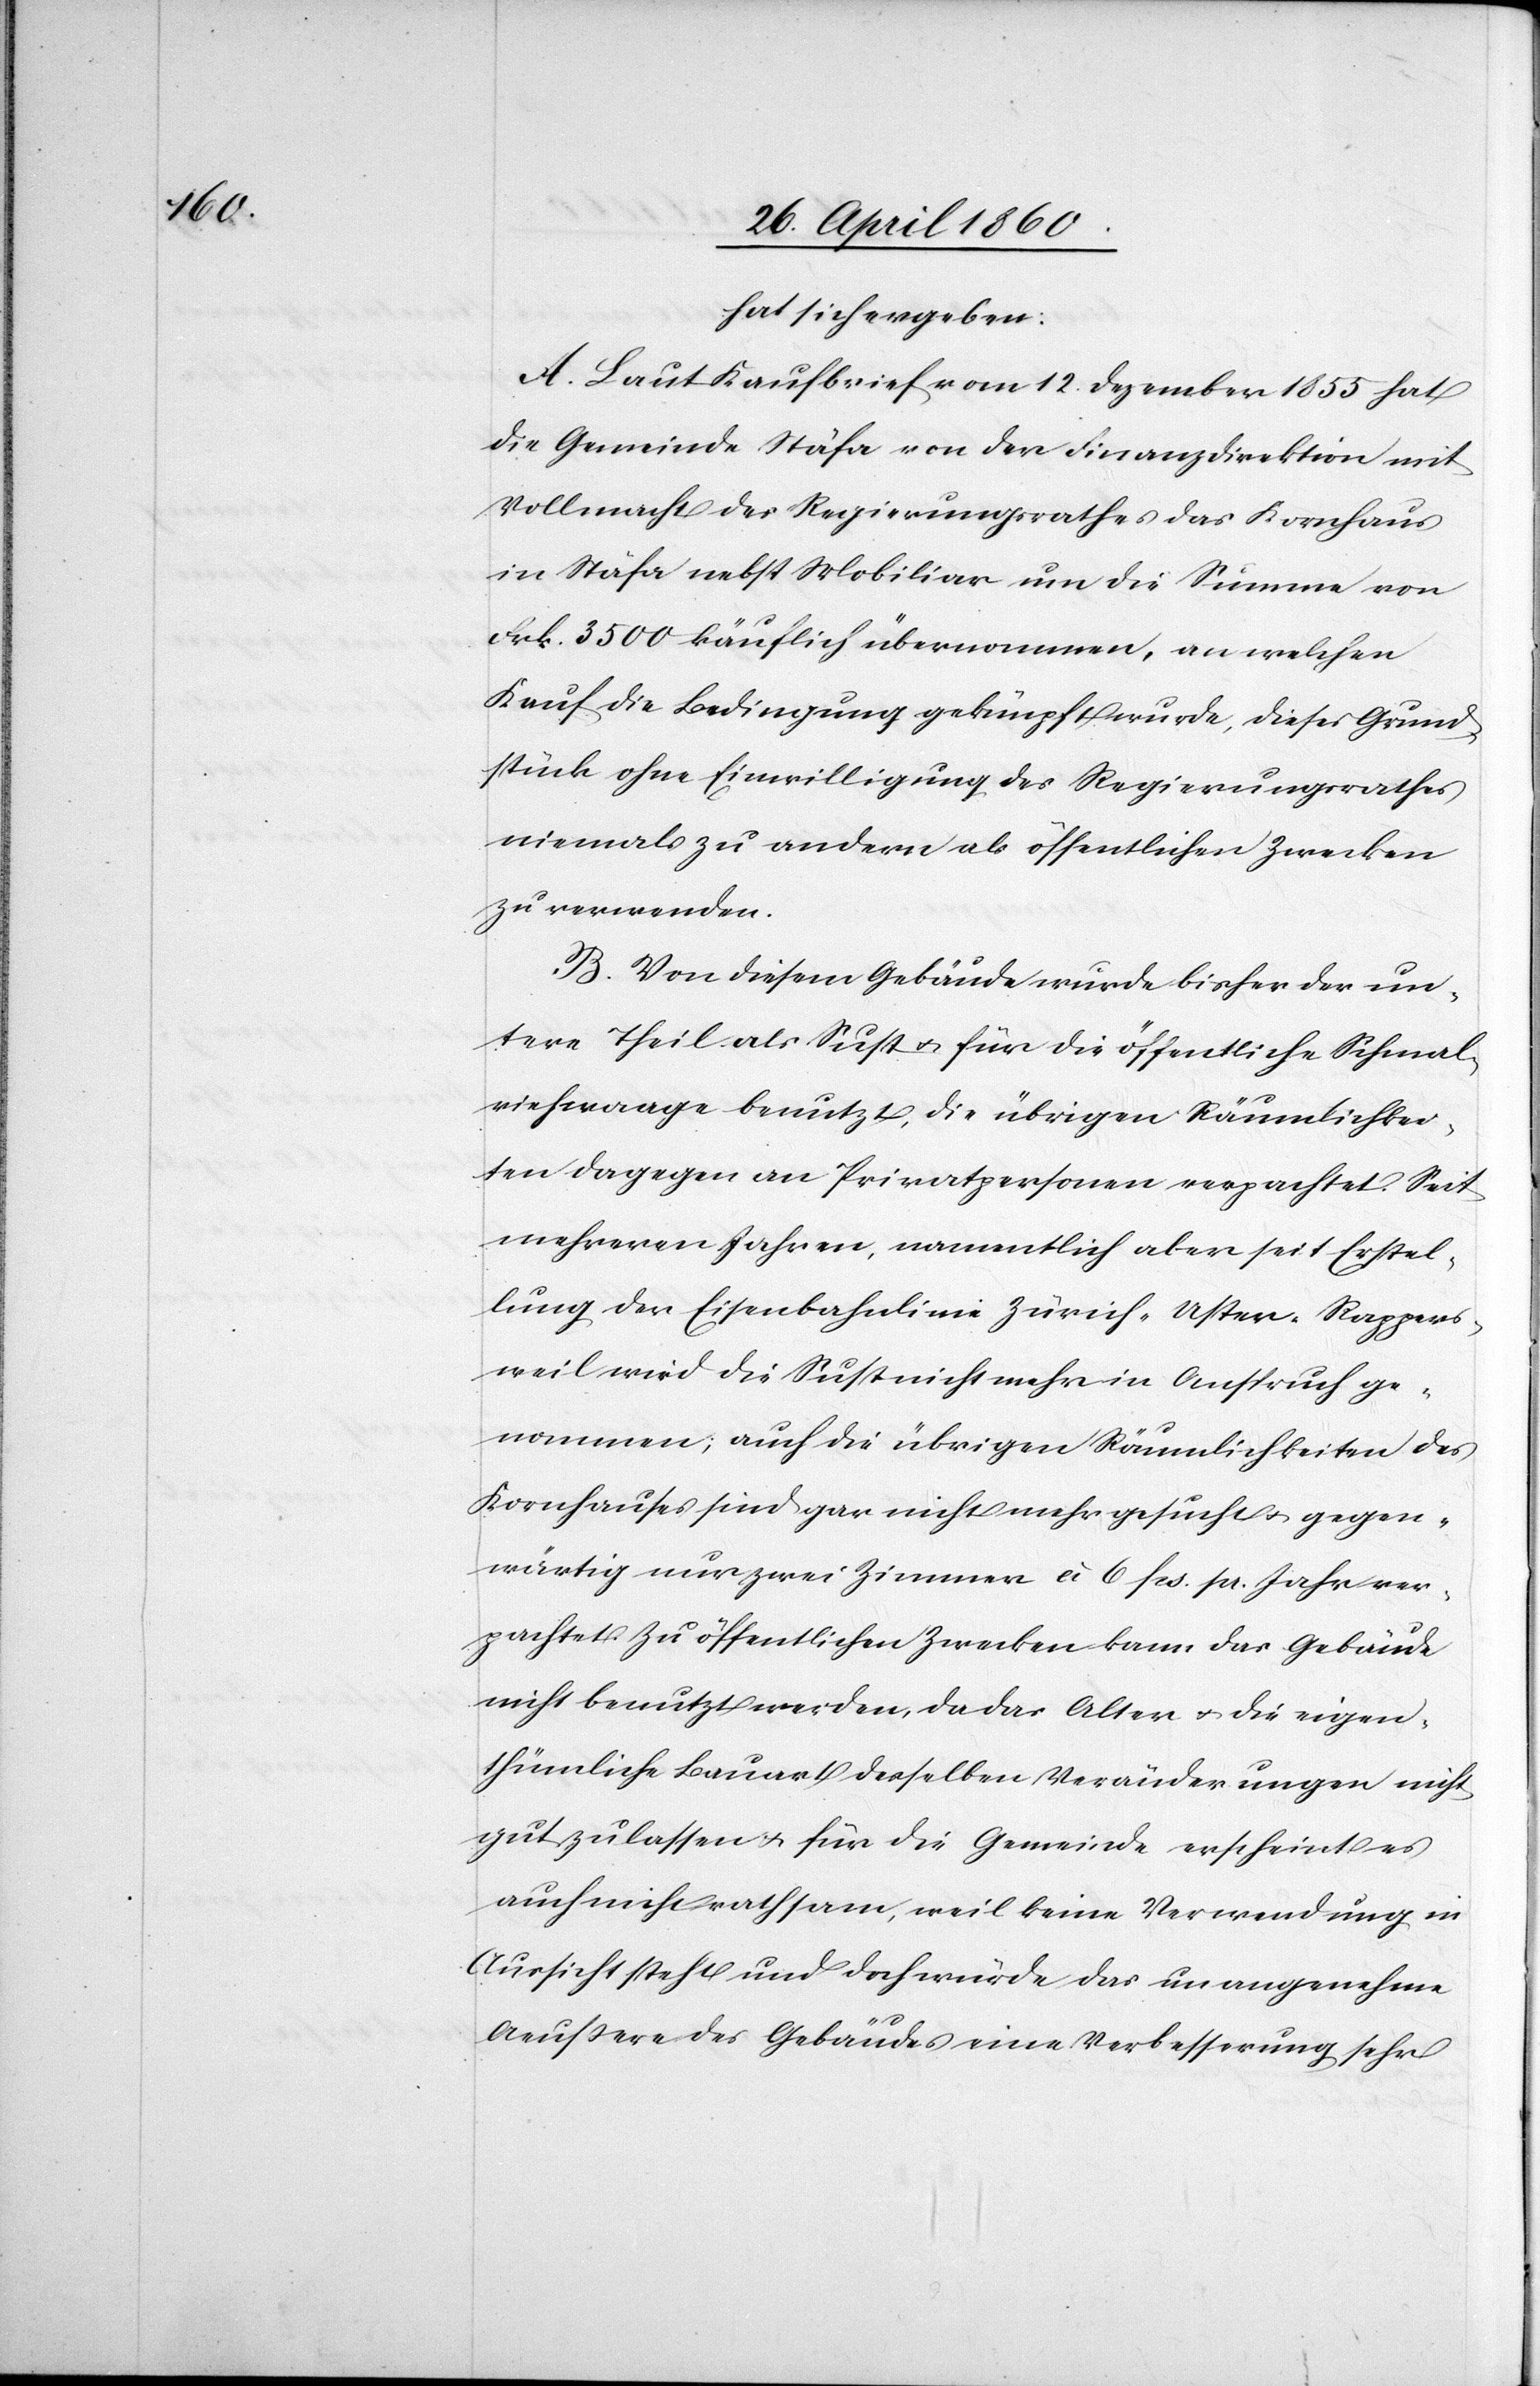
hat sich ergeben:
A. Laut Kaufbrief vom 12. Dezember 1855 hat
die Gemeinde Stäfa von der Finanzdirektion mit
Vollmacht des Regierungsrathes das Kornhaus
in Stäfa nebst Mobiliar um die Summe von
Frk. 3500 käuflich übernommen, an welchen
Kauf die Bedingung geknüpft wurde, dieses Grund¬
stück ohne Einwilligung des Regierungsrathes
niemals zu andern als öffentlichen Zwecken
zu verwenden.
B. Von diesem Gebäude wurde bisher der un¬
tere Theil als Sust u. für die öffentliche Schmal¬
viehwaage benutzt, die übrigen Räumlichkei¬
ten dagegen an Privatpersonen verpachtet. Seit
mehreren Jahren, namentlich aber seit Erstel¬
lung der Eisenbahnlinie Zürich-Uster-Rappers¬
weil wird die Sust nicht mehr in Anspruch ge¬
nommen; auch die übrigen Räumlichkeiten des
Kornhauses sind gar nicht mehr gesucht u. gegen¬
wärtig nur zwei Zimmer à 6 fcs pr. Jahr ver¬
pachtet. Zu öffentlichen Zwecken kann das Gebäude
nicht benutzt werden, da das Alter u. die eigen¬
thümliche Bauart desselben Veränderungen nicht
gut zulassen u. für die Gemeinde erscheint es
auch nicht rathsam, weil keine Verwendung in
Aussicht steht und doch würde das unangenehme
Aeussere des Gebäudes eine Verbesserung sehr